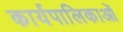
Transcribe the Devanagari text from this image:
कार्यपालिकाओं